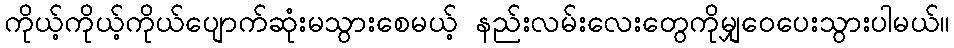
ကိုယ့်ကိုယ့်ကိုယ်ပျောက်ဆုံးမသွားစေမယ့် နည်းလမ်းလေးတွေကိုမျှဝေပေးသွားပါမယ်။